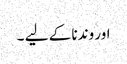
اور وندنا کے لیے ۔